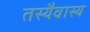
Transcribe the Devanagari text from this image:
तस्यैवास्य